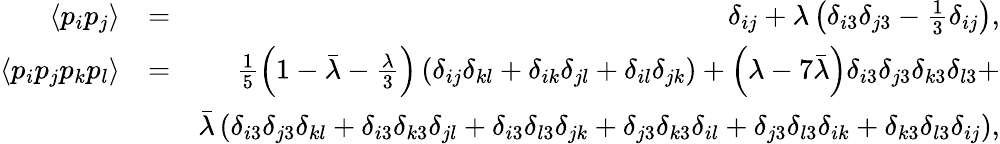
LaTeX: \begin{array}{rlr}{\langle p_{i}p_{j}\rangle}&{=}&{\delta_{ij}+\lambda\left(\delta_{i3}\delta_{j3}-\frac{1}{3}\delta_{ij}\right),}\\ {\langle p_{i}p_{j}p_{k}p_{l}\rangle}&{=}&{\frac{1}{5}\left(1-\bar{\lambda}-\frac{\lambda}{3}\right)\left(\delta_{ij}\delta_{kl}+\delta_{ik}\delta_{jl}+\delta_{il}\delta_{jk}\right)+\left(\lambda-7\bar{\lambda}\right)\delta_{i3}\delta_{j3}\delta_{k3}\delta_{l3}+}\\ &{}&{\bar{\lambda}\left(\delta_{i3}\delta_{j3}\delta_{kl}+\delta_{i3}\delta_{k3}\delta_{jl}+\delta_{i3}\delta_{l3}\delta_{jk}+\delta_{j3}\delta_{k3}\delta_{il}+\delta_{j3}\delta_{l3}\delta_{ik}+\delta_{k3}\delta_{l3}\delta_{ij}\right),}\end{array}